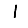
Digit: 1